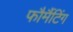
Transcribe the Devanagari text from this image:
फौर्मैटिंग